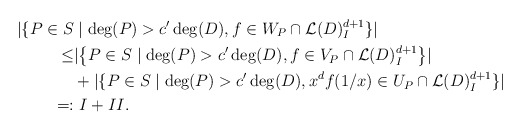
\begin{align*} \lvert \{ P \in S & \mid \deg(P) > c'\deg(D), f \in W_P \cap \mathcal{L}(D)_I^{d+1}\} \rvert \\ \leq &\lvert \left\{ P \in S \mid \deg(P) > c'\deg(D), f \in V_P\cap \mathcal{L}(D)_I^{d+1}\right\} \rvert \\ &+ \lvert \{ P \in S \mid \deg(P) > c'\deg(D), x^d f(1/x) \in U_P\cap \mathcal{L}(D)_I^{d+1}\} \rvert \\ =:& \ I + II.\end{align*}